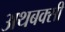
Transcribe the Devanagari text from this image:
अथबक्सी